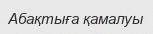
Абақтыға қамалуы